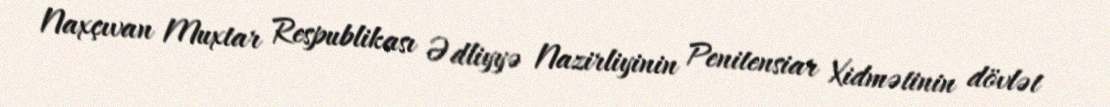
Naxçıvan Muxtar Respublikası Ədliyyə Nazirliyinin Penitensiar Xidmətinin dövlət